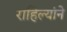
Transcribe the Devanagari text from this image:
राहिल्यांने